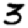
Digit: 3